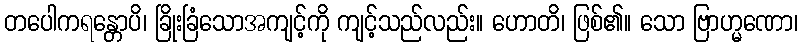
တပေါကရန္တောပိ၊ ခြိုးခြံသောအကျင့်ကို ကျင့်သည်လည်း။ ဟောတိ၊ ဖြစ်၏။ သော ဗြာဟ္မဏော၊